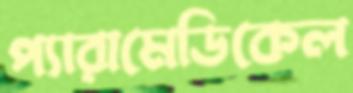
প্যারামেডিকেল